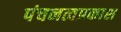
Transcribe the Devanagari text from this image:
पंचनत्वप्रकाश